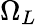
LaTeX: \Omega_{L}